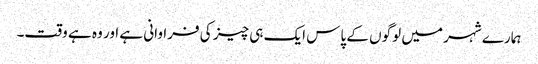
ہمارے شہر میں لوگوں کے پاس ایک ہی چیز کی فراوانی ہے اور وہ ہے وقت۔